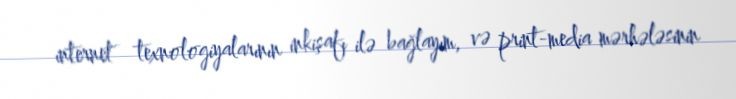
internet texnologiyalarının inkişafı ilə bağlayım, və print-media mərhələsinin